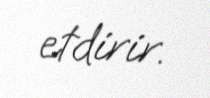
etdirir.